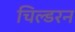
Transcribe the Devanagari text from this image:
चिल्डरन